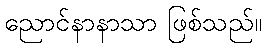
ညောင်နာနာသာ ဖြစ်သည်။